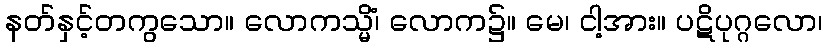
နတ်နှင့်တကွသော။ လောကသ္မိံ၊ လောက၌။ မေ၊ ငါ့အား။ ပဋိပုဂ္ဂလော၊